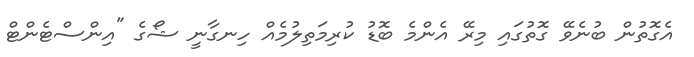
އެގޮތުން ބުނެވޭ ގޮތުގައި މިރޭ އެންމެ ބޮޑު ކުރިމަތިލުމެއް ހިނގާނީ ޝޯގެ "އިންސްޓެންޓް